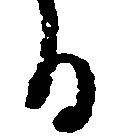
る